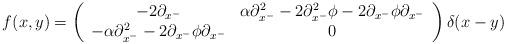
LaTeX: \begin{align*}f(x,y)= \left(\begin{array}{cc}-2\partial_{x^-} & \alpha\partial_{x^-}^2 - 2\partial_{x^-}^2\phi - 2\partial_{x^-}\phi\partial_{x^-} \\-\alpha\partial_{x^-}^2 - 2\partial_{x^-}\phi\partial_{x^-} & 0\end{array}\right) \delta(x-y)\end{align*}